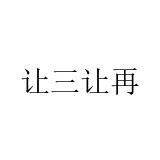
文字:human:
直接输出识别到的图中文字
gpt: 让三让再